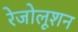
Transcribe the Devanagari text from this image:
रेजोलूशन